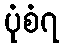
ပုံစံ၇